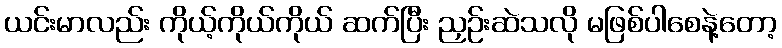
ယင်းမာလည်း ကိုယ့်ကိုယ်ကိုယ် ဆက်ပြီး ညှဉ်းဆဲသလို မဖြစ်ပါစေနဲ့တော့